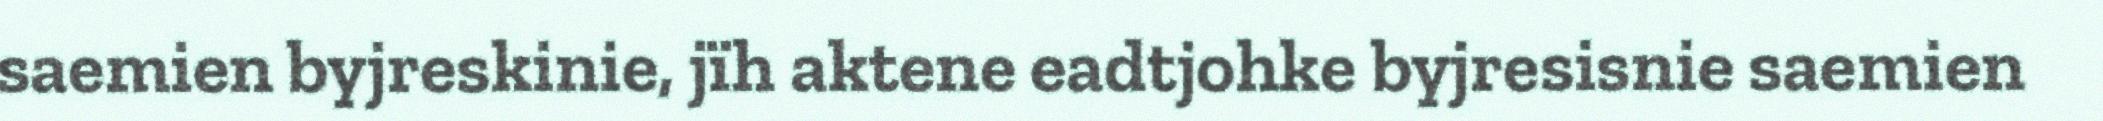
saemien byjreskinie, jïh aktene eadtjohke byjresisnie saemien